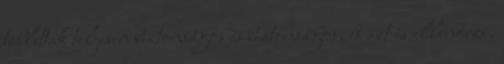
tabletták teljesen biztonságos és biztonságos, és azt is ellenőrzi,